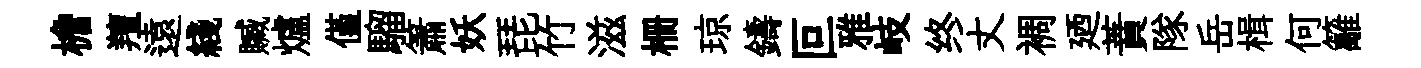
檐羶遠綫贓爐僅騮簫妖琵竹滋栅琼鑄叵雅岐终丈裯廼蕡隊岳楫何籬